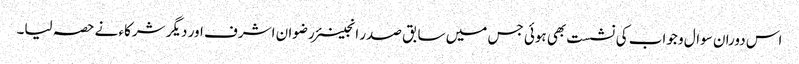
اس دوران سوال و جواب کی نشست بھی ہوئی جس میں سابق صدر انجینئر رضوان اشرف اور دیگر شرکاء نے حصہ لیا۔